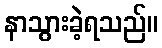
နာသွားခဲ့ရသည်။